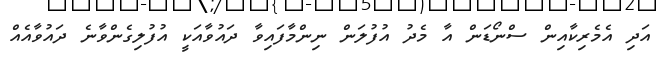
އަދި އެމެރިކާއިން ސްނޯޑަން އާ މެދު އުފުލަން ނިންމާފައިވާ ދައުވާއަކީ އުފުލިގެންވާނެ ދައުވާއެއް